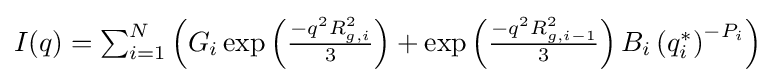
I(q)=\textstyle \sum _{i=1}^{N}\left(G_{i}\exp \left({\frac {-q^{2}R_{g,i}^{2}}{3}}\right)+\exp \left({\frac {-q^{2}R_{g,i-1}^{2}}{3}}\right)B_{i}\left(q_{i}^{*}\right)^{-P_{i}}\right)